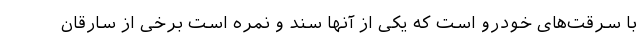
با سرقت‌های خودرو است که یکی از آنها سند و نمره است برخی از سارقان